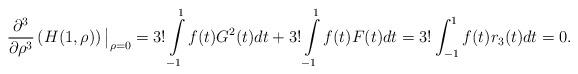
LaTeX: \begin{align*}\frac{\partial^{3}}{\partial \rho^{3}}\left(H(1,\rho)\right){\big|_{\rho =0}}=3!\int\limits_{-1}^1f(t)G^{2}(t)dt + 3!\int\limits_{-1}^1f(t)F(t)dt=3!\int_{-1}^1f(t)r_3(t)dt=0.\end{align*}